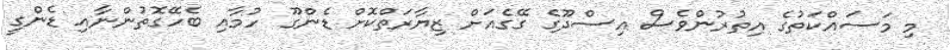
މި މަސައްކަތުގެ އިތުރުންވެސް އިސްދޫގެ ގޭގެއަށް ޒިޔާރަތްކޮށް ޑެންގޫ ހުމާއި ބެހޭގޮތުންނާއި ޑެންގީ